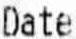
DATE